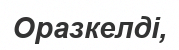
Оразкелді,